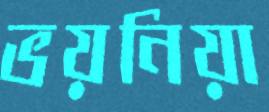
ভয়নিয়া